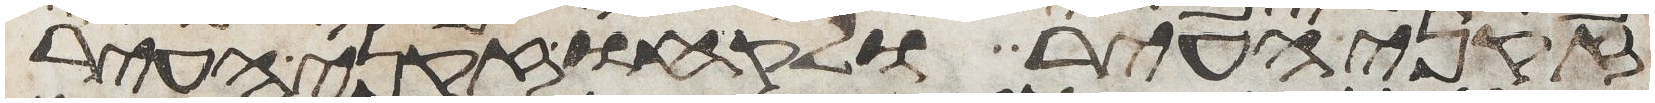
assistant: זקני העיר ולקחו זקני העיר